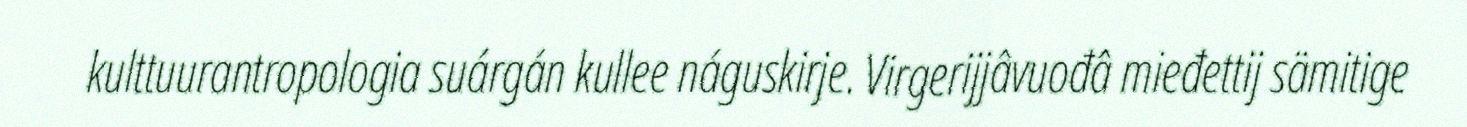
kulttuurantropologia suárgán kullee náguskirje. Virgerijjâvuođâ mieđettij sämitige